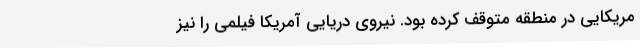
مریکایی در منطقه متوقف کرده بود. نیروی دریایی آمریکا فیلمی را نیز